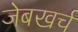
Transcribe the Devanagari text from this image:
जेबखर्च